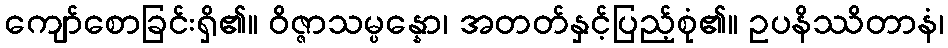
ကျော်စောခြင်းရှိ၏။ ဝိဇ္ဇာသမ္ပန္နော၊ အတတ်နှင့်ပြည့်စုံ၏။ ဥပနိဿိတာနံ၊